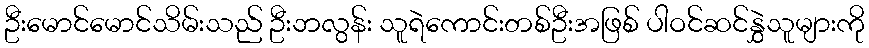
ဦးမောင်မောင်သိမ်းသည် ဦးဘလွန်း သူရဲကောင်းတစ်ဦးအဖြစ် ပါဝင်ဆင်နွှဲသူများကို